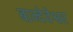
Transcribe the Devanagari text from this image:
बाम्देवेश्वर